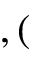
, (